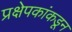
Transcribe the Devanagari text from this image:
प्रक्षेपकांकडून